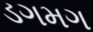
ડગમગ